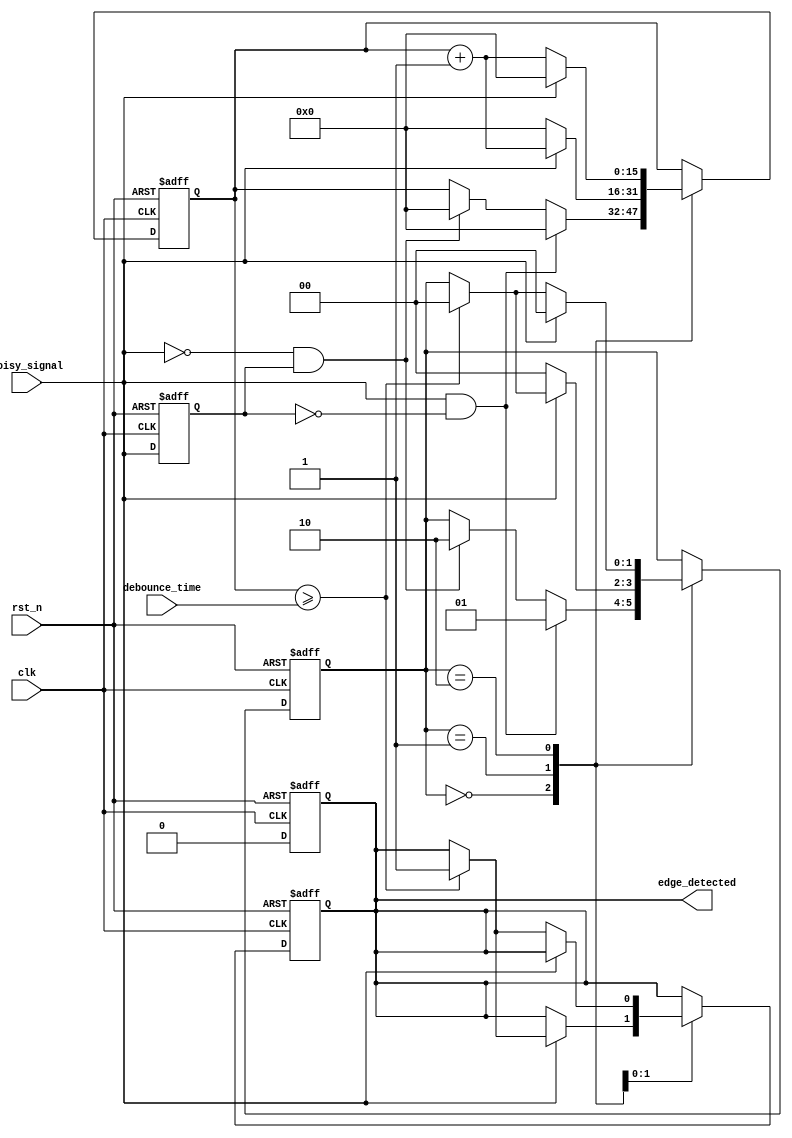
module debounced_edge_detector (
    input wire clk,            // Clock signal
    input wire rst_n,         // Active low reset
    input wire noisy_signal,   // Noisy input signal
    input wire [15:0] debounce_time, // Configurable debounce time in clock cycles
    output reg edge_detected   // Output signal indicating edge detection
);

    reg [1:0] state;          // State register: 00 - stable, 01 - rising edge, 10 - falling edge
    reg [1:0] prev_state;     // Previous state register
    reg [15:0] debounce_counter; // Counter for debounce time
    reg debounce_active;       // Indicates if debounce timer is active

    // State encoding
    localparam STABLE = 2'b00;
    localparam RISING = 2'b01;
    localparam FALLING = 2'b10;

    // State machine for edge detection
    always @(posedge clk or negedge rst_n) begin
        if (!rst_n) begin
            state <= STABLE;
            prev_state <= STABLE;
            edge_detected <= 0;
            debounce_counter <= 0;
            debounce_active <= 0;
        end else begin
            case (state)
                STABLE: begin
                    // Check for rising or falling edge
                    if (noisy_signal && !prev_state[0]) begin // Rising edge detected
                        state <= RISING;
                        debounce_counter <= 0;
                        debounce_active <= 1;
                    end else if (!noisy_signal && prev_state[0]) begin // Falling edge detected
                        state <= FALLING;
                        debounce_counter <= 0;
                        debounce_active <= 1;
                    end
                end
                
                RISING: begin
                    // Increment debounce counter
                    if (noisy_signal) begin
                        debounce_counter <= debounce_counter + 1;
                        if (debounce_counter >= debounce_time) begin
                            edge_detected <= 1; // Edge detected
                            state <= STABLE;    // Go back to stable state
                            debounce_active <= 0;
                        end
                    end else begin
                        // If the input changes, reset the counter
                        state <= STABLE;
                        debounce_counter <= 0;
                        debounce_active <= 0;
                    end
                end
                
                FALLING: begin
                    // Increment debounce counter
                    if (!noisy_signal) begin
                        debounce_counter <= debounce_counter + 1;
                        if (debounce_counter >= debounce_time) begin
                            edge_detected <= 1; // Edge detected
                            state <= STABLE;    // Go back to stable state
                            debounce_active <= 0;
                        end
                    end else begin
                        // If the input changes, reset the counter
                        state <= STABLE;
                        debounce_counter <= 0;
                        debounce_active <= 0;
                    end
                end
            endcase
            
            // Update previous state
            prev_state <= {prev_state[0], noisy_signal}; // Shift in current noisy signal
        end
    end

    // Reset edge_detected signal after one clock cycle
    always @(posedge clk or negedge rst_n) begin
        if (!rst_n) begin
            edge_detected <= 0;
        end else if (edge_detected) begin
            edge_detected <= 0; // Reset edge_detected after it is registered
        end
    end

endmodule